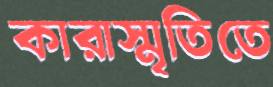
কারাস্মৃতিতে